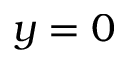
y = 0